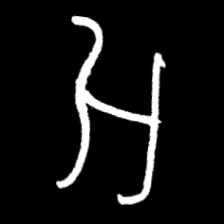
Pyu character \u2014 Myanmar letter: အ (romanized: a)